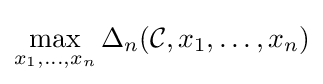
\max _{x_{1},\ldots ,x_{n}}\Delta _{n}({\mathcal {C}},x_{1},\ldots ,x_{n})